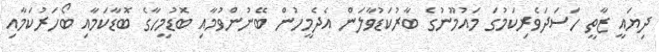
ދިޔައީ ޒާތީ ހަސަދަވެރިކަމުގަ މައުމޫނުގެ ބާރުކަޑުވާލަން އެދެމީހުން ބޭނުންވުމާއި ބޮޑުމީހާގެ ބޮޑާކަމާއި ބޯހަރުކަމާއި